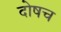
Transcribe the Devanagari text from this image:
दोषच